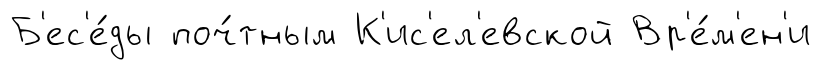
Б'ес'е́ды поч́тным К'ис'ел'евской Вр'е́м'ен'и